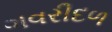
ગવરીદળ